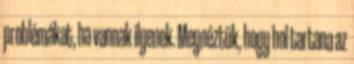
problémákat, ha vannak ilyenek. Megnéztük, hogy hol tartana az